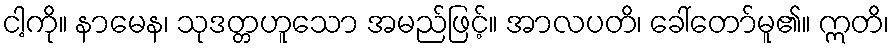
ငါ့ကို။ နာမေန၊ သုဒတ္တဟူသော အမည်ဖြင့်။ အာလပတိ၊ ခေါ်တော်မူ၏။ ဣတိ၊